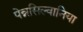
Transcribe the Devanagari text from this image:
पेन्नसिल्वानिया